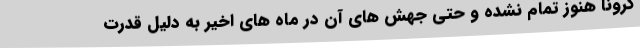
کرونا هنوز تمام نشده و حتی جهش های آن در ماه های اخیر به دلیل قدرت